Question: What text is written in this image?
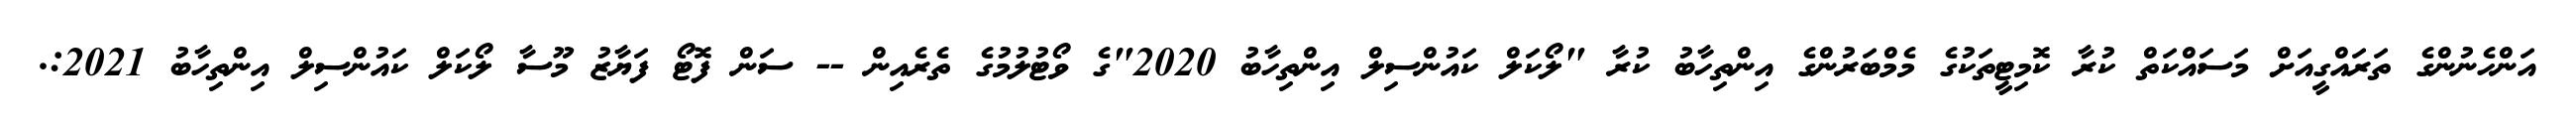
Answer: އަންހެނުންގެ ތަރައްގީއަށް މަސައްކަތް ކުރާ ކޮމިޓީތަކުގެ މެމްބަރުންގެ އިންތިހާބު ކުރާ "ލޯކަލް ކައުންސިލް އިންތިހާބު 2020"ގެ ވޯޓުލުމުގެ ތެރެއިން -- ސަން ފޮޓޯ ފަޔާޒު މޫސާ ލޯކަލް ކައުންސިލް އިންތިހާބު 2021:.